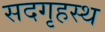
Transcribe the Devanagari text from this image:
सदगृहस्थ